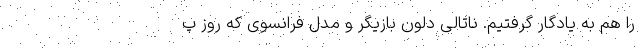
را هم به یادگار گرفتیم. ناتالی دلون بازیگر و مدل فرانسوی که روز پ